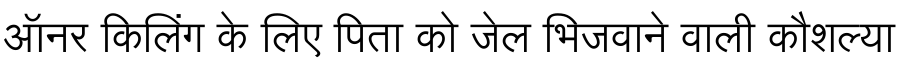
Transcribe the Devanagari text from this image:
ऑनर किलिंग के लिए पिता को जेल भिजवाने वाली कौशल्या